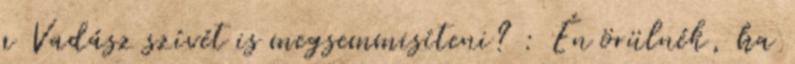
a Vadász szívét is megsemmisíteni? : Én örülnék, ha